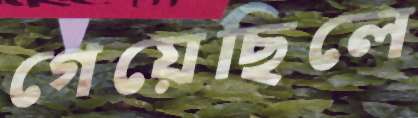
গেয়েছিলে